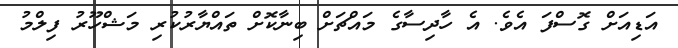
އަޑިއަށް ގޮސްފަ އެވެ. އެ ހާދިސާގެ މައްޗަށް ބިނާކޮށް ތައްޔާރުކުރި މަޝްހޫރު ފިލްމު